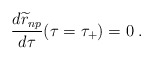
\begin{align*}{d{\widetilde r}_{np}\over d\tau}(\tau=\tau_{+})=0 \; .\end{align*}